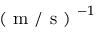
\mathrm { ~ ( ~ m ~ / ~ s ~ ) ~ } ^ { - 1 }